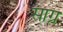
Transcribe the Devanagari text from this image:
साग्र